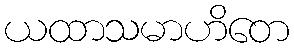
ယထာသမာဟိတေ